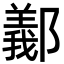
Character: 䣡